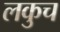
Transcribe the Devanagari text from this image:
लकुच